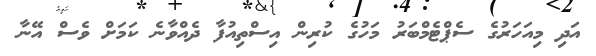
އަދި މިއަހަރުގެ ސެޕްޓެމްބަރު މަހުގެ ކުރިން އިސްތިއުފާ ދެއްވާނެ ކަމަށް ވެސް އޭނާ